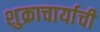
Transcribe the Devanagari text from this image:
शुक्राचार्याची